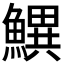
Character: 𬵫